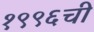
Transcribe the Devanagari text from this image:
१९९६ची